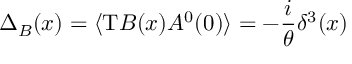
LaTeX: \Delta _ { B } ( x ) = \langle \mathrm { T } B ( x ) A ^ { 0 } ( 0 ) \rangle = - \frac { i } { \theta } \delta ^ { 3 } ( x )